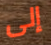
إلى